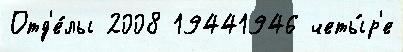
Отд'е́лы 2008 19441946 четы́р'е